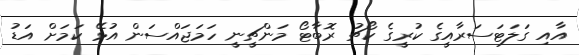
އާއި ގަލަޓަސަރާއީގެ ކުރީގެ ކޯޗު ރޮބާޓޯ މަންޗީނީ ހަމަޖައްސަން އުޅޭ ކަމަށް އަޑު